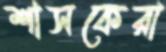
শাসকেরা